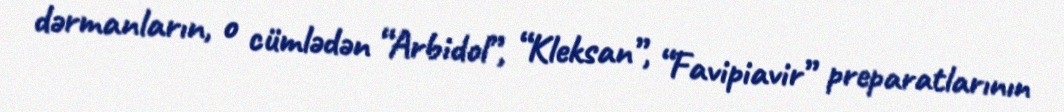
dərmanların, o cümlədən “Arbidol”, “Kleksan”, “Favipiavir” preparatlarının